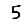
Digit: 5